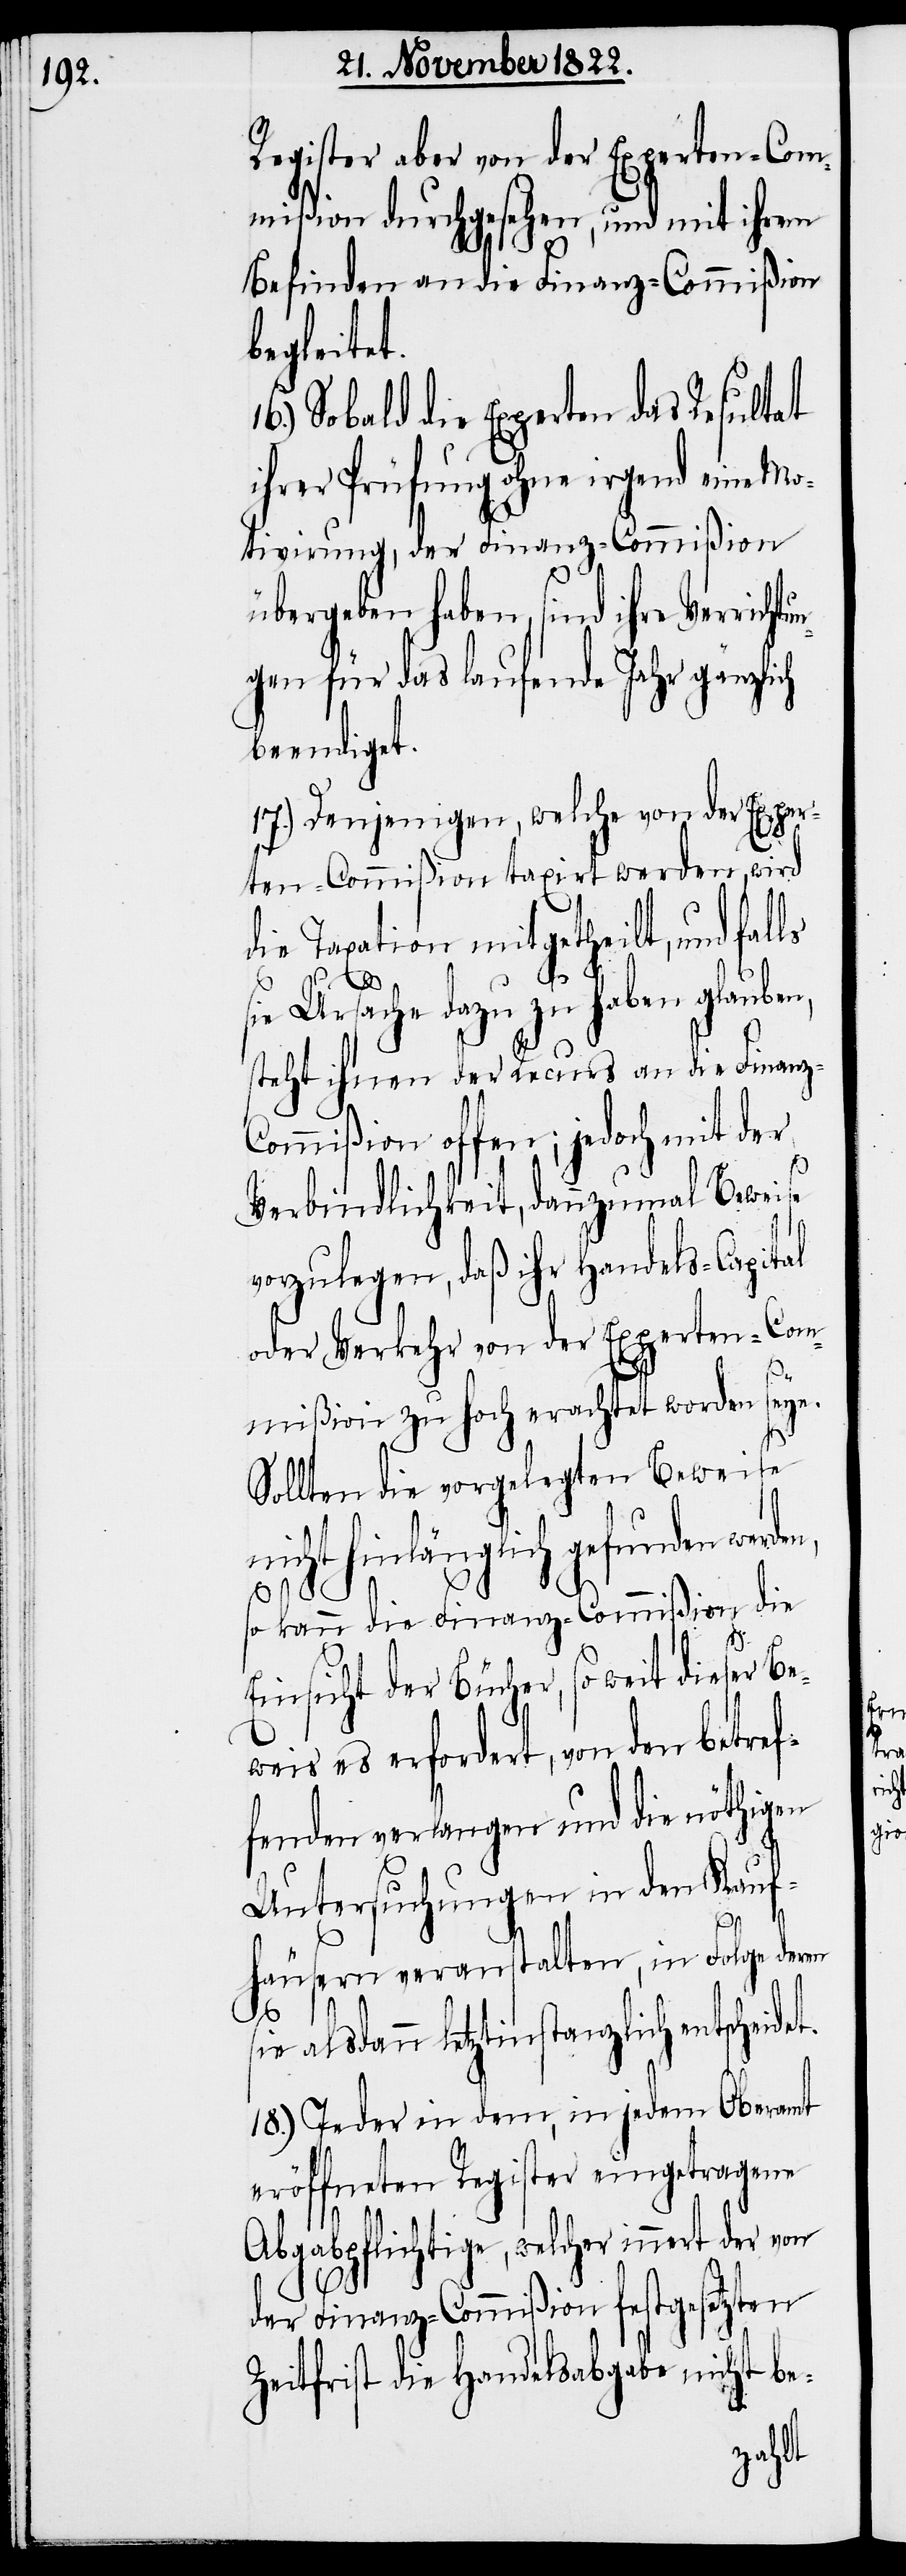
Register aber von der Experten-Com¬
mißion durchgesehen, und mit ihrem
Befinden an die Finanz-Commißion
begleitet.
16.) Sobald die Experten das Resultat
ihrer Prüfung ohne irgend eine Mo¬
tivirung, der Finanz-Commißion
übergeben haben, sind ihre Verrichtu¬
ngen für das laufende Jahr gänzlich
beendiget.
17.) Denjenigen, welche von der Exper¬
ten-Commißion taxirt werden, wird
die Taxation mitgetheilt, und falls
s¬
sie Ursache dazu zu haben glaube¬
steht ihnen der Recurs an die Finanz-C¬
ommißion offen; jedoch mit der
Verbindlichkeit, dannzumal Beweise
vorzulegen, daß ihr Handels-Capital
oder Verkehr von der Experten-Com¬
mißion zu hoch erachtet worden seye.
Sollten die vorgelegten Beweise
nicht hinlänglich gefunden
so kann die Finanz-Commißion die
et.
Einsicht der Bücher, so weit dieser Be¬
weis es erfordert, von den bet¬
fenden verlangen und die nöthigen
Untersuchungen in den Kauf¬
häusern veranstalten, in Folge deren
ie alsdann letztinstanzlich entscheid¬
18.) Jeder in dem, in jedem Oberamt
eröffneten Register eingetragene
Abgabepflichtige, welcher innert der von
der Finanz-Commißion festgesetzten
Zeitfrist die Handelsabgabe nicht be-

ref¬